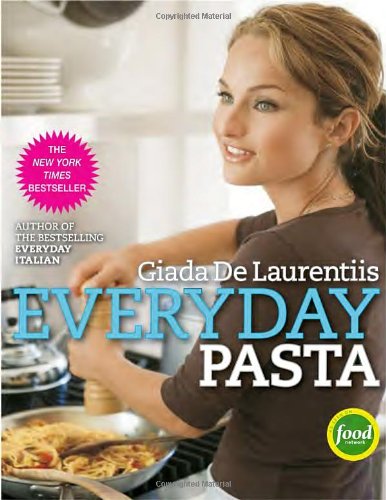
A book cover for Everyday Pasta; Giada De Laurentiis; Cookbooks, Food & Wine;